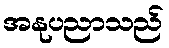
အနုပညာသည်